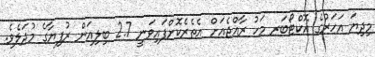
މިދިޔަ އަހަރުގެ އޮކްޓޯބަރ މަހު ރާއްޖެއަށް އެތެރެކޮށްފައިވަނީ 2.7 ބިލިއަން ރުފިޔާގެ މުދަލެވެ.